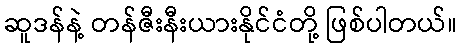
ဆူဒန်နဲ့ တန်ဇီးနီးယားနိုင်ငံတို့ ဖြစ်ပါတယ်။